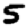
Digit: 5